Vaccination in the Punjab 1883-1896 - 1883-1896
Year: 1883
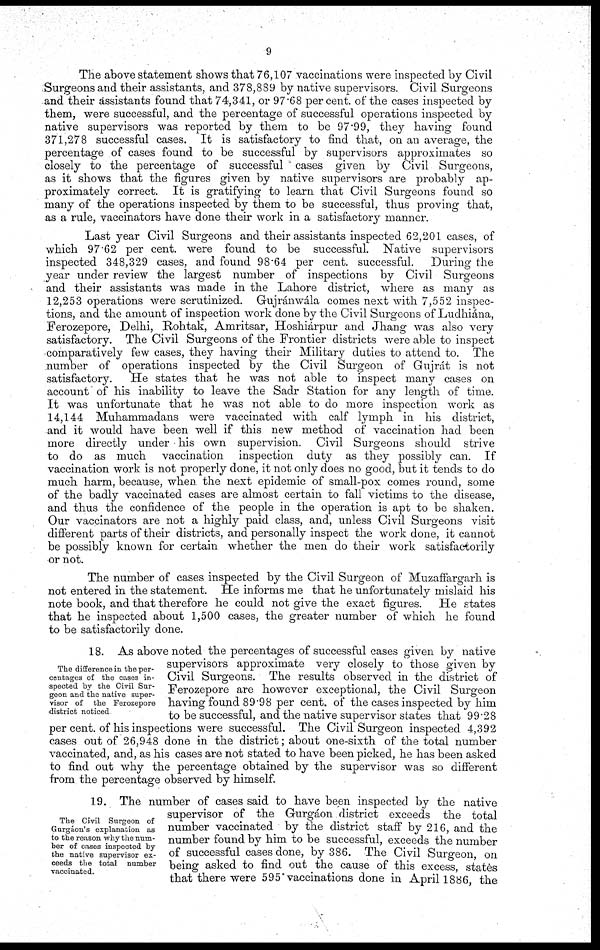
9
The above statement shows that 76,107 vaccinations were inspected by Civil
Surgeons and their assistants, and 378,889 by native supervisors. Civil Surgeons
and their assistants found that 74,341, or 97.68 per cent. of the cases inspected by
them, were successful, and the percentage of successful operations inspected by
native supervisors was reported by them to be 97.99, they having found
371,278 successful cases. It is satisfactory to find that, on an average, the
percentage of cases found to be successful by supervisors approximates so
closely to the percentage of successful cases given by Civil Surgeons,
as it shows that the figures given by native supervisors are probably ap-
proximately correct. It is gratifying to learn that Civil Surgeons found so
many of the operations inspected by them to be successful, thus proving that,
as a rule, vaccinators have done their work in a satisfactory manner.
Last year Civil Surgeons and their assistants inspected 62,201 cases, of
which 97.62 per cent. were found to be successful. Native supervisors
inspected 348,329 cases, and found 98.64 per cent. successful.
During the
year under review the largest number of inspections by Civil Surgeons
and their assistants was made in the Lahore district, where as many as
12,253 operations were scrutinized. Gujránwála comes next with 7,552 inspec-
tions, and the amount of inspection work done by the Civil Surgeons of Ludhiána,
Ferozepore, Delhi, Rohtak, Amritsar, Hoshiárpur and Jhang was also very
satisfactory. The Civil Surgeons of the Frontier districts were able to inspect
comparatively few cases, they having their Military duties to attend to. The
number of operations inspected by the Civil Surgeon of Gujrát is not
satisfactory.
He states that he was not able to inspect many cases on
account of his inability to leave the Sadr Station for any length of time.
It was unfortunate that he was not able to do more inspection work as
14,144 Muhammadans were vaccinated with calf lymph in his district,
and it would have been well if this new method of vaccination had been
more directly under his own supervision. Civil Surgeons should strive
to do as much vaccination inspection duty as they possibly can. If
vaccination work is not properly done, it not only does no good, but it tends to do
much harm, because, when the next epidemic of small-pox comes round, some
of the badly vaccinated cases are almost certain to fall victims to the disease,
and thus the confidence of the people in the operation is apt to be shaken.
Our vaccinators are not a highly paid class, and, unless Civil Surgeons visit
different parts of their districts, and personally inspect the work done, it cannot
be possibly known for certain whether the men do their work satisfactorily
or not.
The number of cases inspected by the Civil Surgeon of Muzaffargarh is
not entered in the statement. He informs me that he unfortunately mislaid his
note book, and that therefore he could not give the exact figures. He states
that he inspected about 1,500 cases, the greater number of which he found
to be satisfactorily done.
The difference in the per-
centages of the cases in-
spected by the Civil Sur-
geon and the native super-
visor of the Ferozepore
district noticed
18. As above noted the percentages of successful cases given by native
supervisors approximate very closely to those given by
Civil Surgeons. The results observed in the district of
Ferozepore are however exceptional, the Civil Surgeon
having found 89.98 per cent. of the cases inspected by him
to be successful, and the native supervisor states that 99.28
per cent. of his inspections were successful. The Civil Surgeon inspected 4,392
cases out of 26,948 done in the district; about one-sixth of the total number
vaccinated, and, as his cases are not stated to have been picked, he has been asked
to find out why the percentage obtained by the supervisor was so different
from the percentage observed by himself.
The Civil Surgeon of
Gurgáon's explanation as
to the reason why the num-
ber of cases inspected by
the native supervisor ex-
ceeds the total number
vaccinated.
19. The number of cases said to have been inspected by the native
supervisor of the Gurgáon district exceeds the total
number vaccinated by the district staff by 216, and the
number found by him to be successful, exceeds the number
of successful cases done, by 386. The Civil Surgeon, on
being asked to find out the cause of this excess, states
that there were 595 vaccinations done in April 1886, the